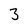
Character: 3